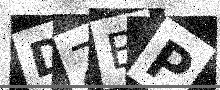
Text: DZBP